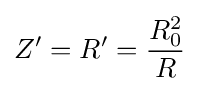
Z'=R'={\frac {R_{0}^{2}}{R}}